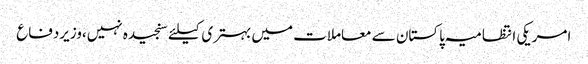
امریکی انتظامیہ پاکستان سے معاملات میں بہتری کیلئے سنجیدہ نہیں،وزیردفاع